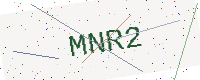
Text: MNR2